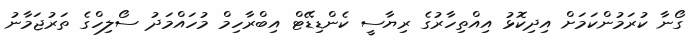
ގޯނާ ކުރަމުންކަމަށް އިދިކޮޅު އިއްތިހާރުގެ ރިޔާސީ ކެންޑިޑޭޓް އިބްރާހިމް މުހައްމަދު ސޯލިހްގެ ތަރުޖަމާނު